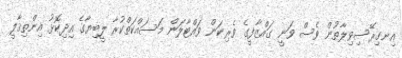
އިނގިރޭސިވިލާތުން ވެސް ވަނީ ގައްޒާފީގެ ވެރިކަން ވައްޓާލަން މަސައްކަތްކުރާ ލީބިޔާގެ އިދިކޮޅު އިންތިޤާލީ